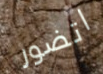
اتضور